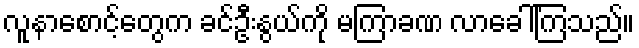
လူနာစောင့်တွေက ခင်ဦးနွယ်ကို မကြာခဏ လာခေါ်ကြသည်။